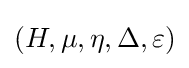
(H,\mu ,\eta ,\Delta ,\varepsilon )